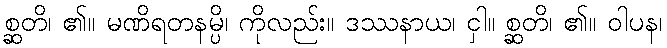
စ္ဆတိ၊ ၏။ မဏိရတနမ္ပိ၊ ကိုလည်း။ ဒဿနာယ၊ ငှါ။ စ္ဆတိ၊ ၏။ ဝါပန၊